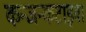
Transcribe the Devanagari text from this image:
कन्जन्कटाइवा